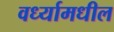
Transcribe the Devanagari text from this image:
वर्ध्यामधील